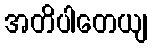
အတိပါတေယျ